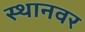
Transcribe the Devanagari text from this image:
स्थानवर